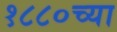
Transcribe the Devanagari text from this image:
१८८०च्या